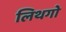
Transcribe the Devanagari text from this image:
लिथगो